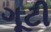
ગૂટી